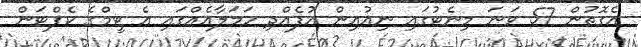
އެގޮތުން 57 ވަނަ މިނެޓުގައި ނިއުއިން އުފެއްދި ހަމަލާއެއްގައި އެ ޓީމްގެ ކެޕްޓަން